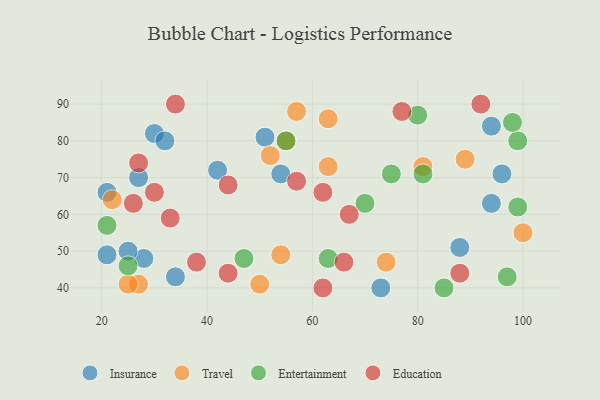
{"axis": {"x": "GDP", "y": "Life Expectancy"}, "legend": ["Education", "Entertainment", "Insurance", "Travel"], "data": [{"x": "21", "y": 66, "type": "Insurance"}, {"x": "30", "y": 82, "type": "Insurance"}, {"x": "28", "y": 48, "type": "Insurance"}, {"x": "54", "y": 71, "type": "Insurance"}, {"x": "96", "y": 71, "type": "Insurance"}, {"x": "21", "y": 49, "type": "Insurance"}, {"x": "25", "y": 50, "type": "Insurance"}, {"x": "42", "y": 72, "type": "Insurance"}, {"x": "27", "y": 70, "type": "Insurance"}, {"x": "88", "y": 51, "type": "Insurance"}, {"x": "73", "y": 40, "type": "Insurance"}, {"x": "94", "y": 63, "type": "Insurance"}, {"x": "34", "y": 43, "type": "Insurance"}, {"x": "32", "y": 80, "type": "Insurance"}, {"x": "51", "y": 81, "type": "Insurance"}, {"x": "94", "y": 84, "type": "Insurance"}, {"x": "63", "y": 73, "type": "Travel"}, {"x": "74", "y": 47, "type": "Travel"}, {"x": "100", "y": 55, "type": "Travel"}, {"x": "52", "y": 76, "type": "Travel"}, {"x": "81", "y": 73, "type": "Travel"}, {"x": "63", "y": 86, "type": "Travel"}, {"x": "57", "y": 88, "type": "Travel"}, {"x": "22", "y": 64, "type": "Travel"}, {"x": "27", "y": 41, "type": "Travel"}, {"x": "54", "y": 49, "type": "Travel"}, {"x": "50", "y": 41, "type": "Travel"}, {"x": "55", "y": 80, "type": "Travel"}, {"x": "25", "y": 41, "type": "Travel"}, {"x": "89", "y": 75, "type": "Travel"}, {"x": "99", "y": 80, "type": "Entertainment"}, {"x": "47", "y": 48, "type": "Entertainment"}, {"x": "98", "y": 85, "type": "Entertainment"}, {"x": "25", "y": 46, "type": "Entertainment"}, {"x": "70", "y": 63, "type": "Entertainment"}, {"x": "21", "y": 57, "type": "Entertainment"}, {"x": "85", "y": 40, "type": "Entertainment"}, {"x": "75", "y": 71, "type": "Entertainment"}, {"x": "99", "y": 62, "type": "Entertainment"}, {"x": "80", "y": 87, "type": "Entertainment"}, {"x": "63", "y": 48, "type": "Entertainment"}, {"x": "97", "y": 43, "type": "Entertainment"}, {"x": "81", "y": 71, "type": "Entertainment"}, {"x": "55", "y": 80, "type": "Entertainment"}, {"x": "33", "y": 59, "type": "Education"}, {"x": "38", "y": 47, "type": "Education"}, {"x": "62", "y": 40, "type": "Education"}, {"x": "44", "y": 68, "type": "Education"}, {"x": "88", "y": 44, "type": "Education"}, {"x": "44", "y": 44, "type": "Education"}, {"x": "34", "y": 90, "type": "Education"}, {"x": "26", "y": 63, "type": "Education"}, {"x": "66", "y": 47, "type": "Education"}, {"x": "67", "y": 60, "type": "Education"}, {"x": "30", "y": 66, "type": "Education"}, {"x": "62", "y": 66, "type": "Education"}, {"x": "57", "y": 69, "type": "Education"}, {"x": "92", "y": 90, "type": "Education"}, {"x": "27", "y": 74, "type": "Education"}, {"x": "77", "y": 88, "type": "Education"}]}